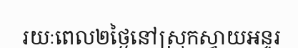
រយៈពេល២ថ្ងៃនៅស្រុកស្វាយអន្ទរ